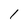
Character: 1